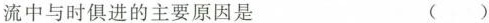
流中与时俱进的主要原因是 ( )